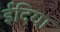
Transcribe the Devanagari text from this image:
ईदिया